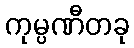
ကုမ္ပဏီတခု